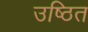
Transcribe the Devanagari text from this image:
उष्ठित